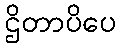
ဌိတာပိပေ